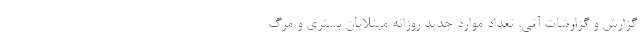
گزارش و گزارشات آتی، تعداد موارد جدید روزانه مبتلایان بستری و مرگ